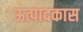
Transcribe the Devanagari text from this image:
ऊत्पादकास